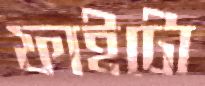
ফাইটো